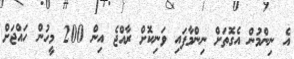
އެ ނިންމުން އެގޮތަށް ނިންމާފައި ވަނިކޮށް ރާއްޖެ އިން 200 މީހުން ހައްޖަށް